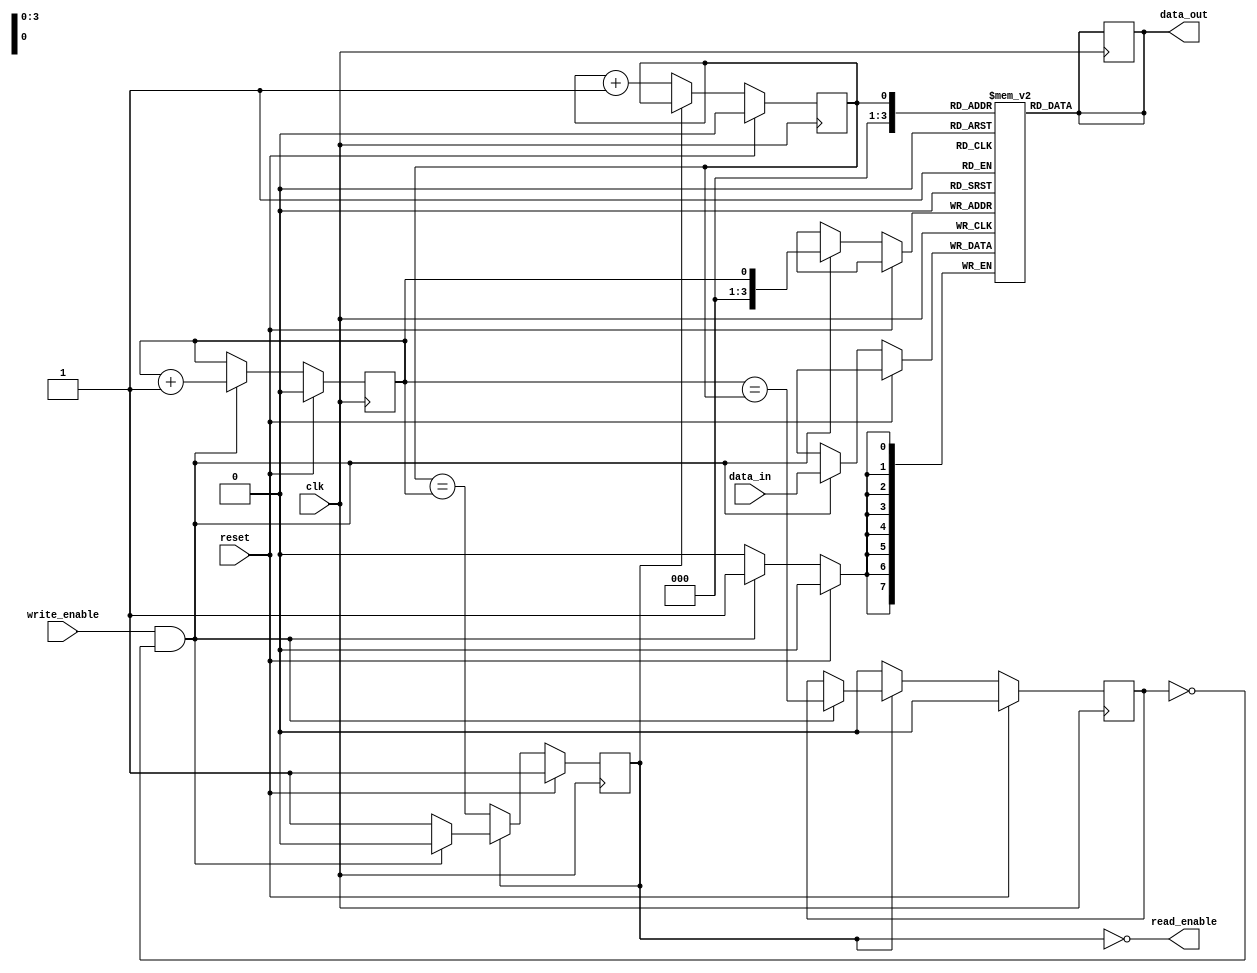
module fifo_buffer (
  input wire clk,
  input wire reset,
  input wire write_enable,
  input wire [7:0] data_in,
  output wire read_enable,
  output wire [7:0] data_out
);

reg [7:0] fifo [0:15];
reg read_ptr, write_ptr, full, empty;

always @(posedge clk) begin
  if (reset) begin
    read_ptr <= 0;
    write_ptr <= 0;
    full <= 0;
    empty <= 1;
  end else begin
    if (write_enable && !full) begin
      fifo[write_ptr] <= data_in;
      write_ptr <= write_ptr + 1;
      full <= (write_ptr == read_ptr);
      empty <= 0;
    end
    if (read_enable && !empty) begin
      data_out <= fifo[read_ptr];
      read_ptr <= read_ptr + 1;
      full <= 0;
      empty <= (read_ptr == write_ptr);
    end
  end
end

assign read_enable = !empty;
assign data_out = fifo[read_ptr];

endmodule